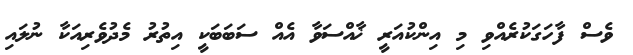
ވެސް ފާހަގަކުރެއްވި މި އިންކުއަރީ ޚާއްސަވާ އެއް ސަބަބަކީ އިތުރު މެދުވެރިއަކާ ނުލައި